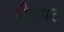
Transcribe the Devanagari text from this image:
सैदपट